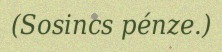
(Sosincs pénze.)